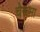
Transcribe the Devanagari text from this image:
चेरूमा